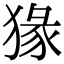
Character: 猭